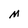
Character: M